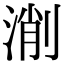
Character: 𣸛